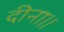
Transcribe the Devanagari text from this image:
दीना।।